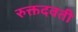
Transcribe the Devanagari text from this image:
रुक्तदवती